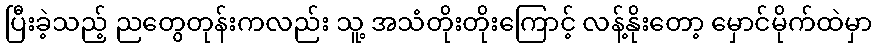
ပြီးခဲ့သည့် ညတွေတုန်းကလည်း သူ့ အသံတိုးတိုးကြောင့် လန့်နိုးတော့ မှောင်မိုက်ထဲမှာ